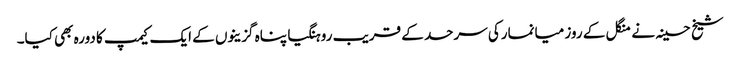
شیخ حسینہ نے منگل کے روز میانمارکی سرحد کے قریب روہنگیا پناہ گزینوں کے ایک کیمپ کا دورہ بھی کیا۔